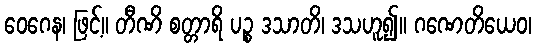
ဝေဂေန၊ ဖြင့်။ တီဏိ စတ္တာရိ ပဉ္စ ဒသာတိ၊ ဒသဟူ၍။ ဂဏေတိယေဝ၊